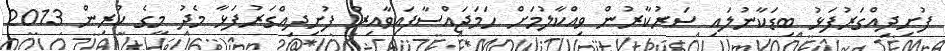
ފުށިދިއްގަރުފަޅު ބިޑަކާނުލައި ސަރުކާރުން ވިއްކާލުމަށް ހަމަޖައްސާފައިވާއިރު ފުށިދިއްގަރުފަޅާ މެދު މީގެ ކުރިން 2013